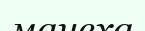
мачеха